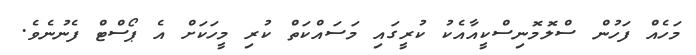
މަހެއް ފަހުން ސްލޮމޮނިސްކީއާއެކު ކުރީގައި މަސައްކަތް ކުރި މީހަކަށް އެ ޕޯސްޓް ފެނުނެވެ.